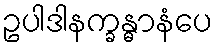
ဥပါဒါနက္ခန္ဓာနံပေ